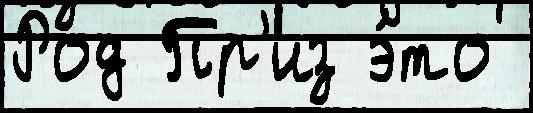
Род Пр'из э́то